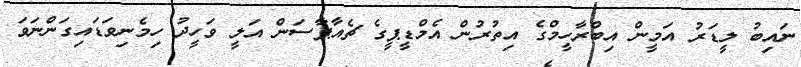
ނައިބު ލީޑަރު އަމީން އިބްރާހީމްގެ އިތުރުން އެމްޑީޕީގެ ޗެއާޕާސަން އަލީ ވަހީދު ހިމެނިވަޑައިގަންނަވަ